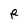
Character: R